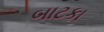
બાટકા